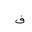
Letter: _fa